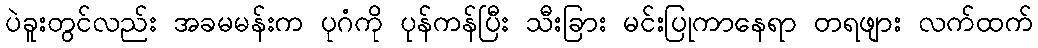
ပဲခူးတွင်လည်း အခမမန်းက ပုဂံကို ပုန်ကန်ပြီး သီးခြား မင်းပြုကာနေရာ တရဖျား လက်ထက်